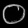
Digit: ၀